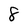
Character: 8